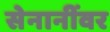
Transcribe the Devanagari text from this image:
सेनानींवर